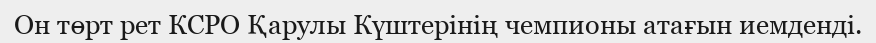
Он төрт рет КСРО Қарулы Күштерінің чемпионы атағын иемденді.